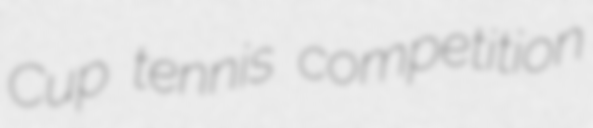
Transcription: Cup tennis competition